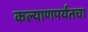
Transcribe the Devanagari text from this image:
कल्याणपर्यंतचा